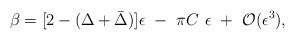
\begin{align*}\beta=[2-(\Delta+\bar\Delta)]\epsilon~-~\pi C~\epsilon~+~{\cal O}(\epsilon^3),\end{align*}